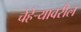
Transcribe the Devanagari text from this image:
चेहेर्‍यावरील